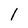
Character: 1